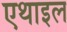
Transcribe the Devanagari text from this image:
एथाइल